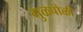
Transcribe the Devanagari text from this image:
गुळपोळी